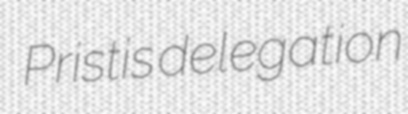
Pristis delegation